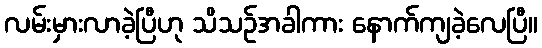
လမ်းမှားလာခဲ့ပြီဟု သိသဉ်အခါကား နောက်ကျခဲ့လေပြီ။